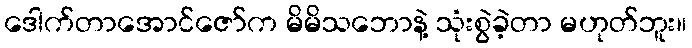
ဒေါက်တာအောင်ဇော်က မိမိသဘောနဲ့ သုံးစွဲခဲ့တာ မဟုတ်ဘူး။